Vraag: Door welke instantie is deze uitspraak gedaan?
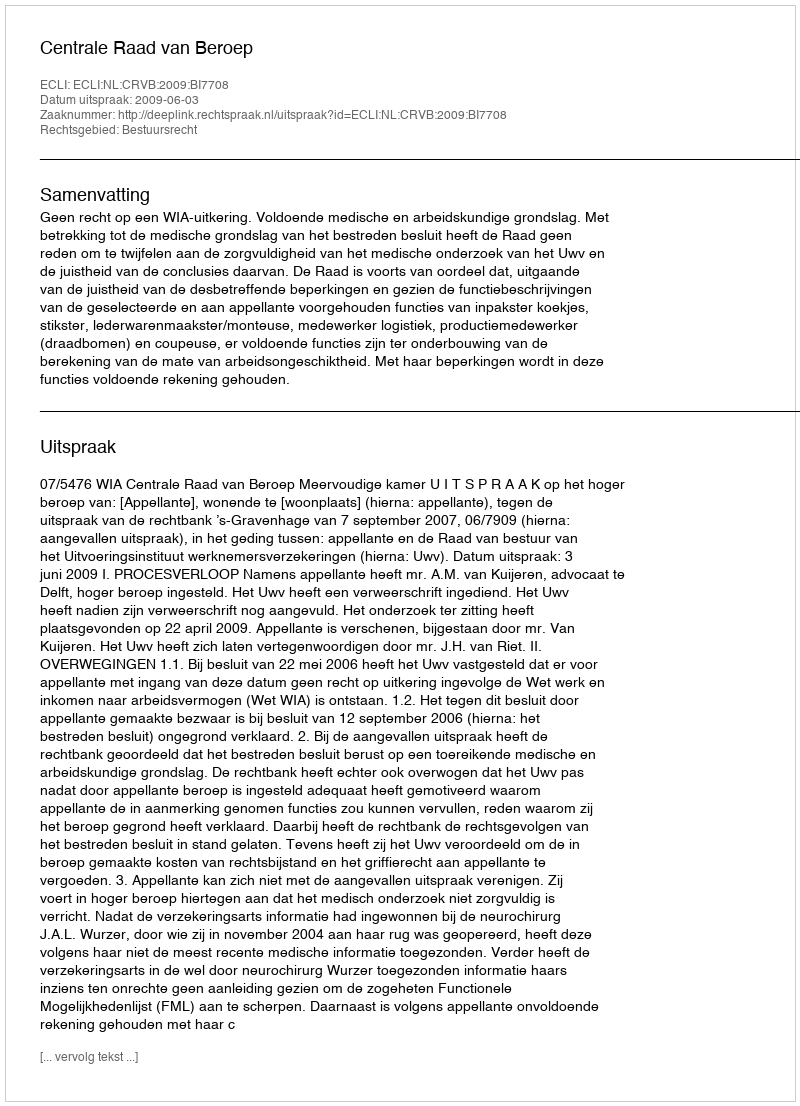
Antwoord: Centrale Raad van Beroep